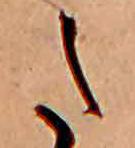
た